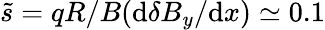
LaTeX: \tilde{s}=qR/B(\mathrm{d}\delta B_{y}/\mathrm{d}x)\simeq 0.1